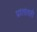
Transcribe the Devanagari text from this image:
प्रांतांतही